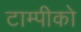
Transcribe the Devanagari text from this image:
टाम्पीको